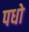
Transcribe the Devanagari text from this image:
पधो